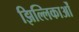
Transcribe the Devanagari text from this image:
झिल्लिकाओं